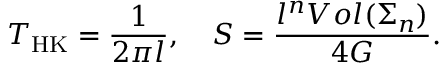
T _ { \mathrm { H K } } = \frac { 1 } { 2 \pi l } , \ \ \ S = \frac { l ^ { n } V o l ( \Sigma _ { n } ) } { 4 G } .